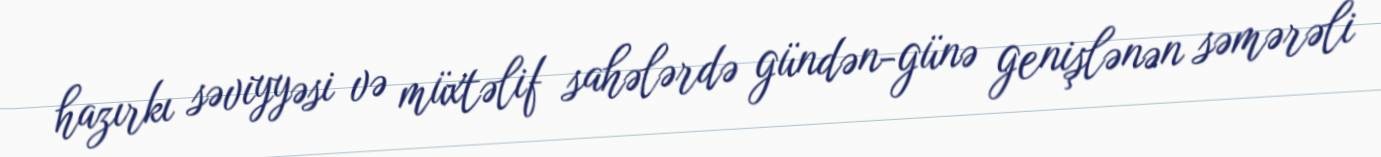
hazırkı səviyyəsi və müxtəlif sahələrdə gündən-günə genişlənən səmərəli